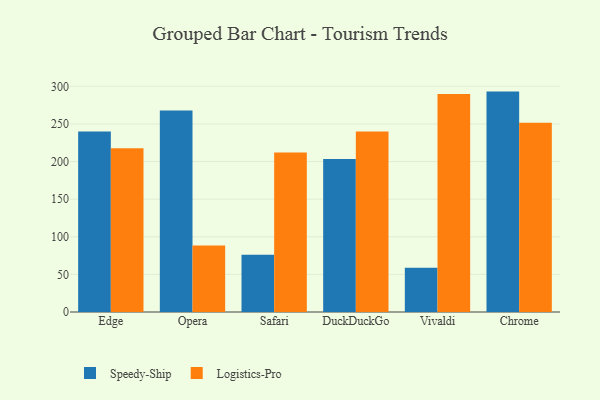
{"axis": {"x": "Browser", "y": "Tickets Resolved"}, "legend": ["Logistics-Pro", "Speedy-Ship"], "data": [{"x": "Edge", "y": 239.8, "type": "Speedy-Ship"}, {"x": "Edge", "y": 217.8, "type": "Logistics-Pro"}, {"x": "Opera", "y": 268.0, "type": "Speedy-Ship"}, {"x": "Opera", "y": 88.5, "type": "Logistics-Pro"}, {"x": "Safari", "y": 76.1, "type": "Speedy-Ship"}, {"x": "Safari", "y": 212.1, "type": "Logistics-Pro"}, {"x": "DuckDuckGo", "y": 203.4, "type": "Speedy-Ship"}, {"x": "DuckDuckGo", "y": 240.1, "type": "Logistics-Pro"}, {"x": "Vivaldi", "y": 58.9, "type": "Speedy-Ship"}, {"x": "Vivaldi", "y": 289.9, "type": "Logistics-Pro"}, {"x": "Chrome", "y": 293.0, "type": "Speedy-Ship"}, {"x": "Chrome", "y": 251.7, "type": "Logistics-Pro"}]}